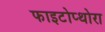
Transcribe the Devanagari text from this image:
फाइटोप्थोरा